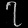
Digit: ၇